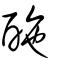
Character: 𨠑